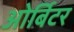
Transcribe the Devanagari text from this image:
ओर्बिटर